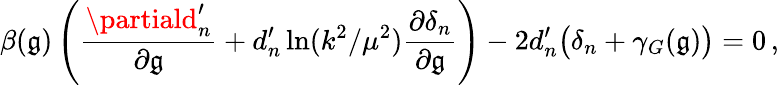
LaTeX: \beta(\mathfrak{g})\left(\frac{{\partiald_{n}^{\prime}}}{{\partial\mathfrak{g}}}+d_{n}^{\prime}\ln(k^{2}/\mu^{2})\frac{{\partial\delta_{n}}}{{\partial\mathfrak{g}}}\right)-2d_{n}^{\prime}\big(\delta_{n}+\gamma_{G}(\mathfrak{g})\big)=0\, ,